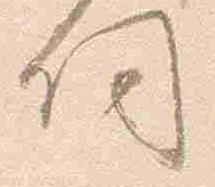
伺